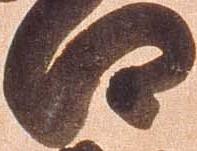
口